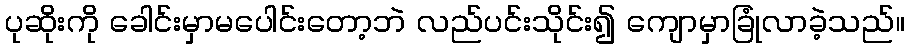
ပုဆိုးကို ခေါင်းမှာမပေါင်းတော့ဘဲ လည်ပင်းသိုင်း၍ ကျောမှာခြုံလာခဲ့သည်။